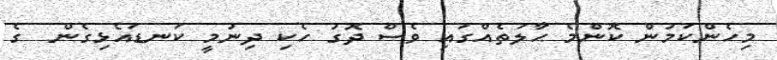
މިހެންކަމުން ކޮންމެ ޙާލަތެއްގައި ވެސް ދޮގު ހެކި ދިނުމީ ކަނޑައެޅިގެން  ގެ